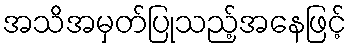
အသိအမှတ်ပြုသည့်အနေဖြင့်